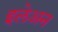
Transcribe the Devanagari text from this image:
इलेअन